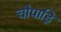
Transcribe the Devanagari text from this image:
चौपाड़ि